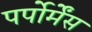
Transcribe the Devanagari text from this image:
पर्पोर्मेंस